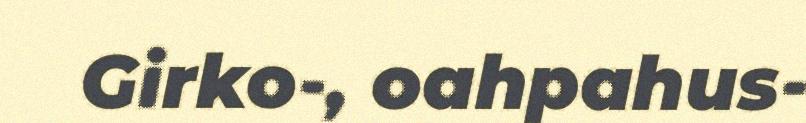
Girko-, oahpahus-